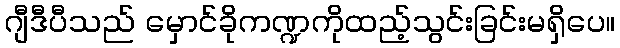
ဂျီဒီပီသည် မှောင်ခိုကဏ္ဍကိုထည့်သွင်းခြင်းမရှိပေ။